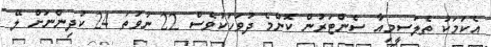
އެކަމަކު ތެލަސީމިއާ ސެންޓަރުން ކޮންމެ ދުވަހަކުވެސް 22 ނުވަތަ 24 ކުދިންނަށް ލޭ